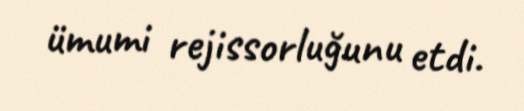
ümumi rejissorluğunu etdi.